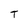
Character: T